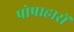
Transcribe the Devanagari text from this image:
पोषाहारों